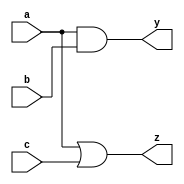
module combinational_logic (
    input wire a,
    input wire b,
    input wire c,
    output reg y,
    output reg z
);

// Initializing output signals to default values
initial begin
    y = 1'b0;
    z = 1'b0;
end

// Combinational logic block
always @ (a or b or c) begin
    // Logic for output y: Example - AND operation
    y = a & b;

    // Logic for output z: Example - OR operation with a negated input
    z = (a | c);
end

endmodule